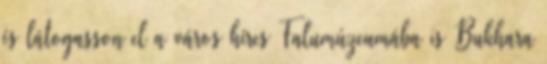
és látogasson el a város híres Falumúzeumába is Bukhara